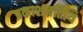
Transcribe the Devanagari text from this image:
प्रकाशनतिथि